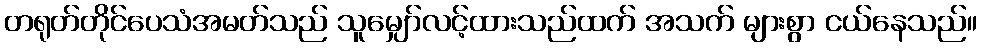
တရုတ်တိုင်ပေသံအမတ်သည် သူမျှော်လင့်ထားသည်ထက် အသက် များစွာ ငယ်နေသည်။